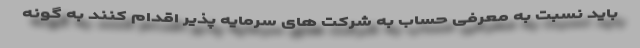
باید نسبت به معرفی حساب به شرکت های سرمایه پذیر اقدام کنند به گونه